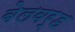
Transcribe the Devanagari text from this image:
बेलवर्ड